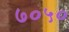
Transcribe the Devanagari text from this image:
७०५०